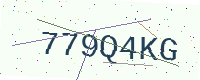
Text: 779Q4KG